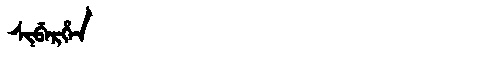
Manchu: ᠰᡳᠪᡝᡵᡥᡝᠨ
Romanization: SIBERHEN